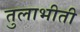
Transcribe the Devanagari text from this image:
तुलाभीती